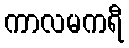
ကာလမကရီ